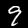
Label: 9